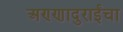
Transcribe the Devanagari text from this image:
अण्णादुराईंचा